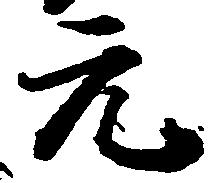
元